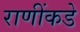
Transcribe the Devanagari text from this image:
राणींकडे